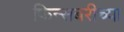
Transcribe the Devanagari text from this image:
फिन्सबरीच्या